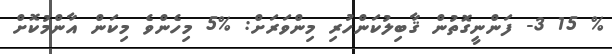
% 15 3- ފަންނީގޮތުން ޤާބިލުކަންހުރި މިންވަރަށް: %5 މިހެންވެ މިކަން އާންމުކޮށް